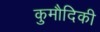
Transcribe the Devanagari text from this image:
कुमौदिकी